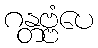
ဂန္တဗ္ဗံပေ